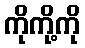
ကိုကို့ကို